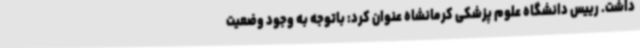
داشت. رییس دانشگاه علوم پزشکی کرمانشاه عنوان کرد: باتوجه به وجود وضعیت